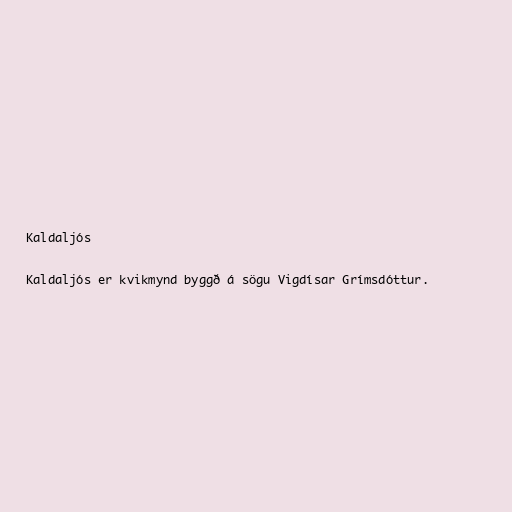
Kaldaljós

Kaldaljós er kvikmynd byggð á sögu Vigdísar Grímsdóttur.